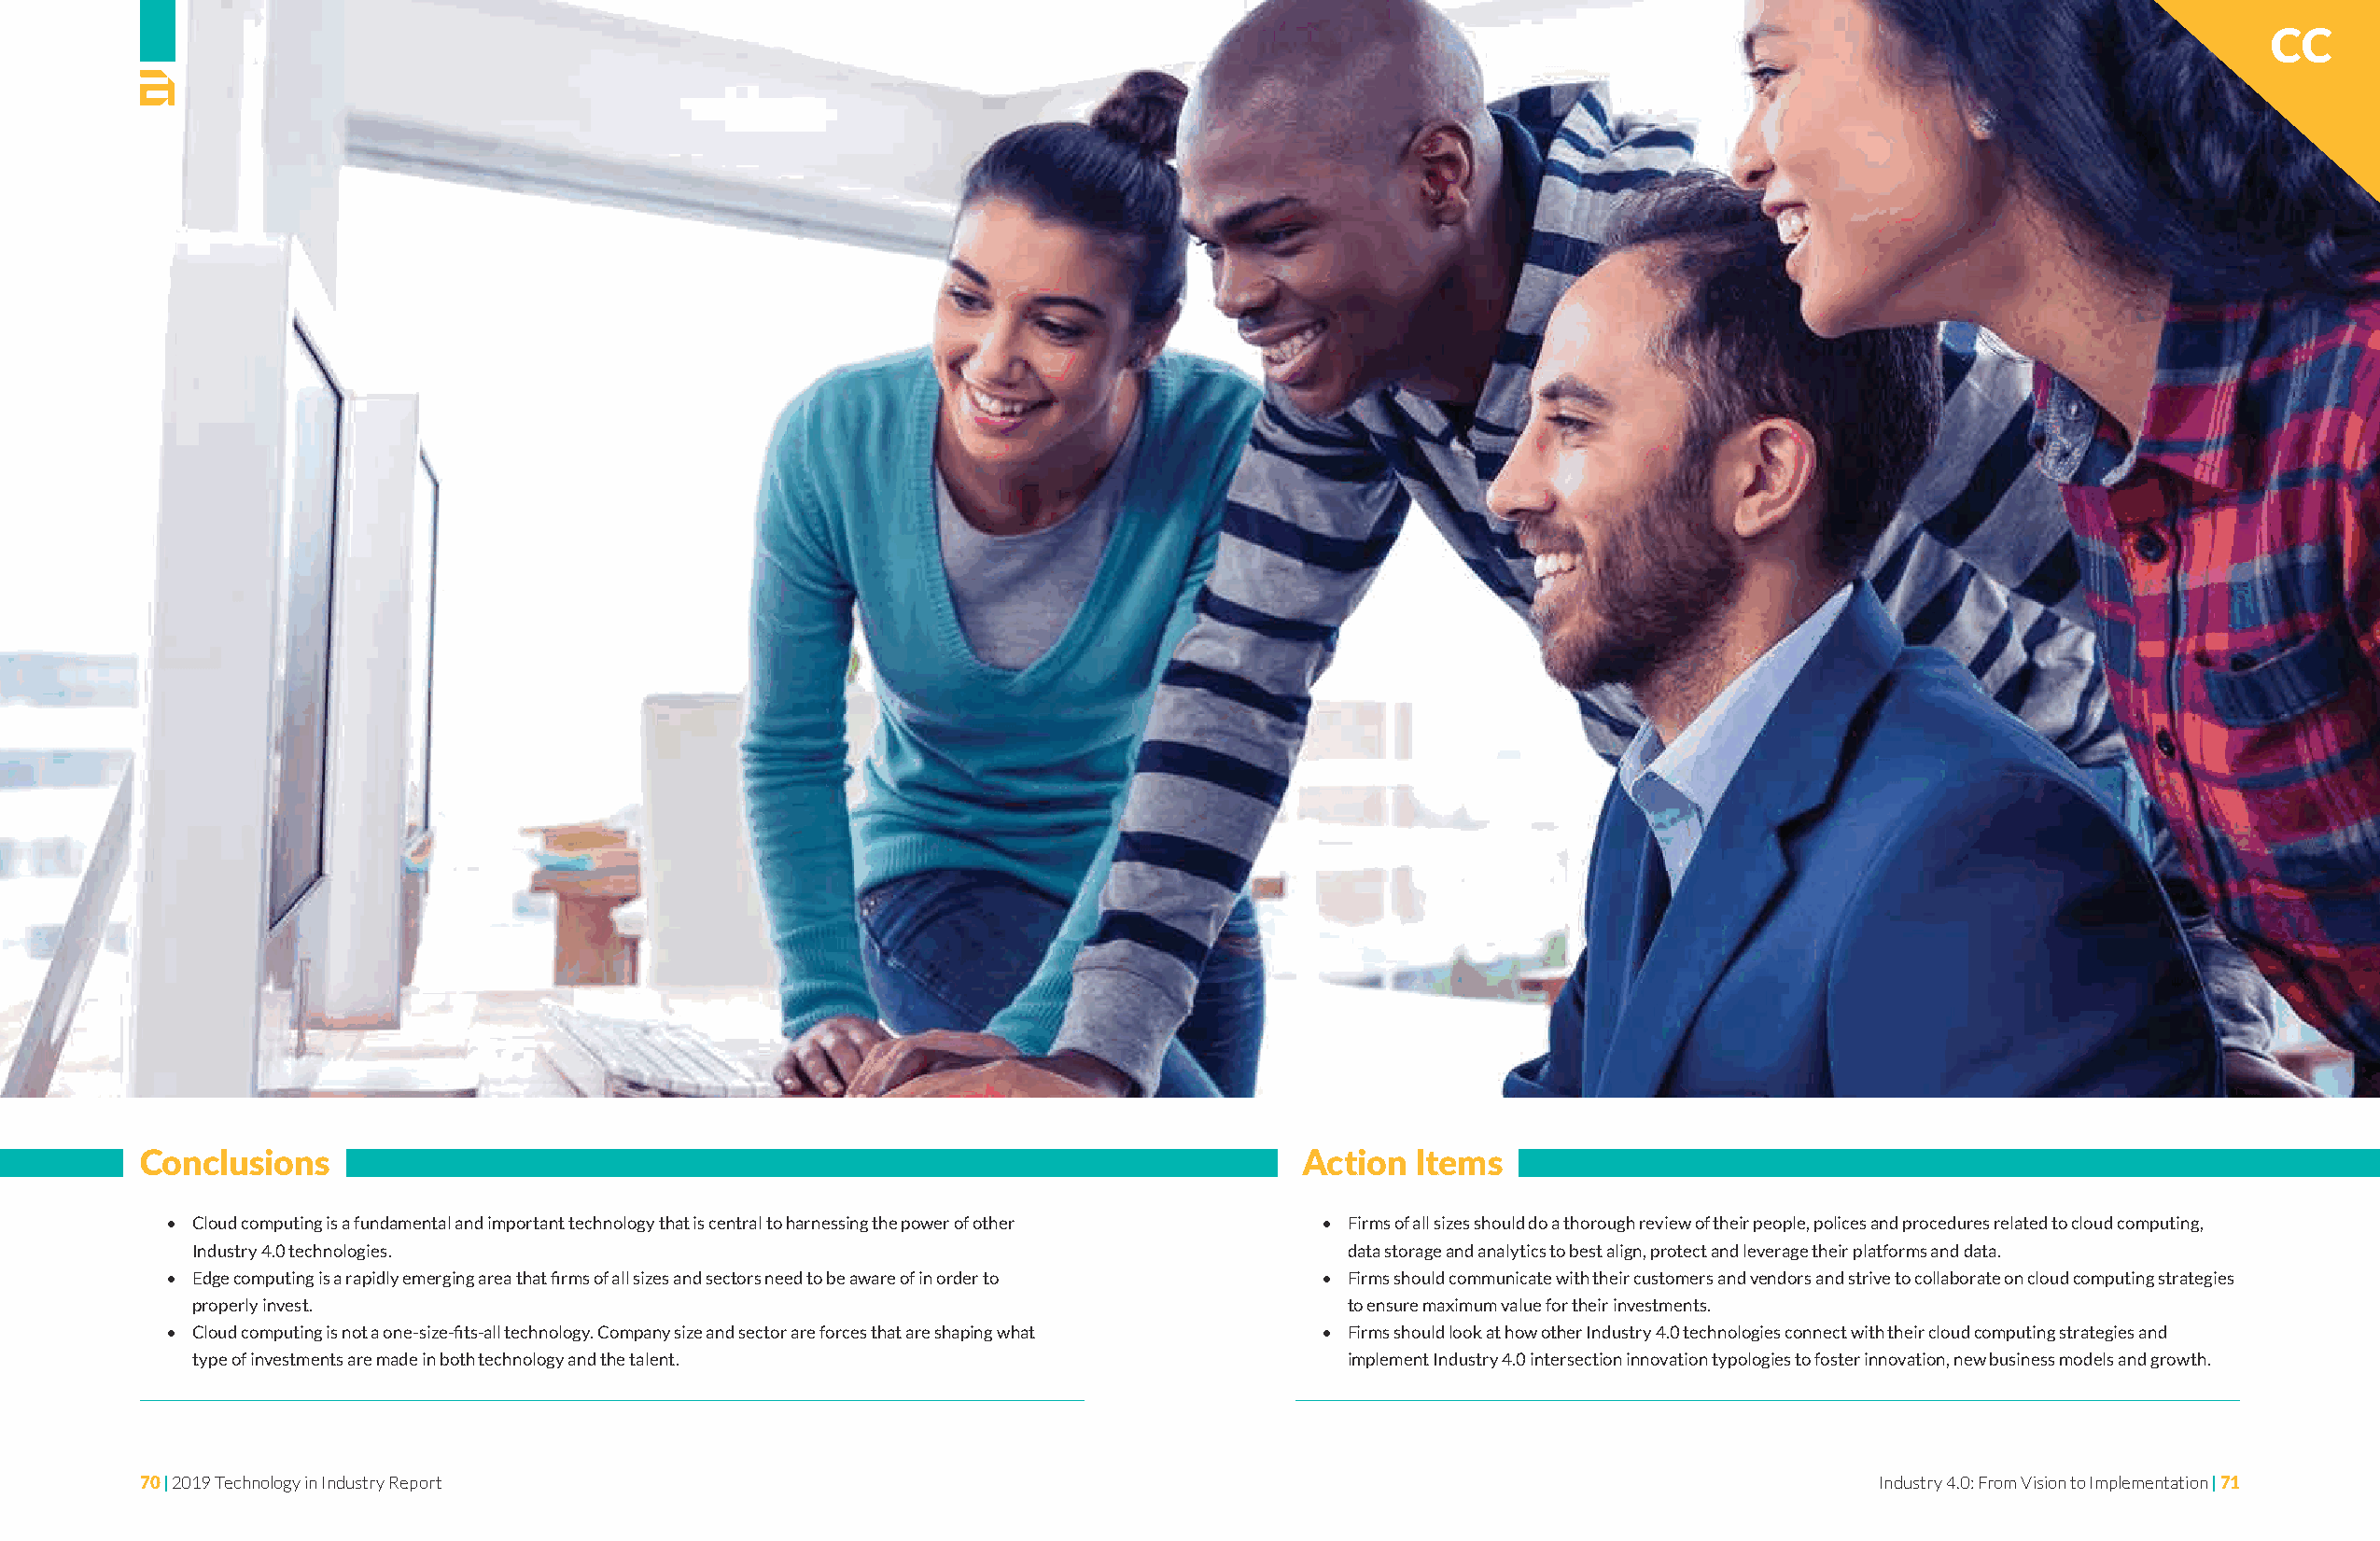
CC
 Conclusions                                                                       Action  Items
 • Cloud computing is a fundamental and important technology that is central to harnessing the power of other • Firms of all sizes should do a thorough review of their people, polices and procedures related to cloud computing,
 Industry 4.0 technologies.                                                        data storage and analytics to best align, protect and leverage their platforms and data.
 • Edge computing is a rapidly emerging area that firms of all sizes and sectors need to be aware of in order to • Firms should communicate with their customers and vendors and strive to collaborate on cloud computing strategies
 properly invest.                                                                  to ensure maximum value for their investments.
 • Cloud computing is not a one-size-fits-all technology. Company size and sector are forces that are shaping what • Firms should look at how other Industry 4.0 technologies connect with their cloud computing strategies and
 type of investments are made in both technology and the talent.                   implement Industry 4.0 intersection innovation typologies to foster innovation, new business models and growth.
 70 | 2019 Technology in Industry Report                                                                                    Industry 4.0: From Vision to Implementation | 71